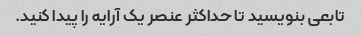
تابعی بنویسید تا حداکثر عنصر یک آرایه را پیدا کنید.